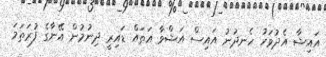
އައިޝާ އެދުވަހު ހެނދުނު އައިސް އަޝްވާ އަތައް ޑައިރީ ދިނުމުން އޭނާގެ ފުރަތަމަ